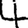
Digit: 4